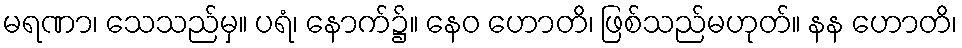
မရဏာ၊ သေသည်မှ။ ပရံ၊ နောက်၌။ နေဝ ဟောတိ၊ ဖြစ်သည်မဟုတ်။ နန ဟောတိ၊